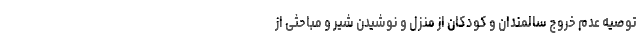
توصیه عدم خروج سالمندان و کودکان از منزل و نوشیدن شیر و مباحثی از